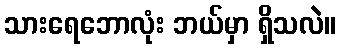
သားရေဘောလုံး ဘယ်မှာ ရှိသလဲ။